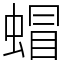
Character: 蝐